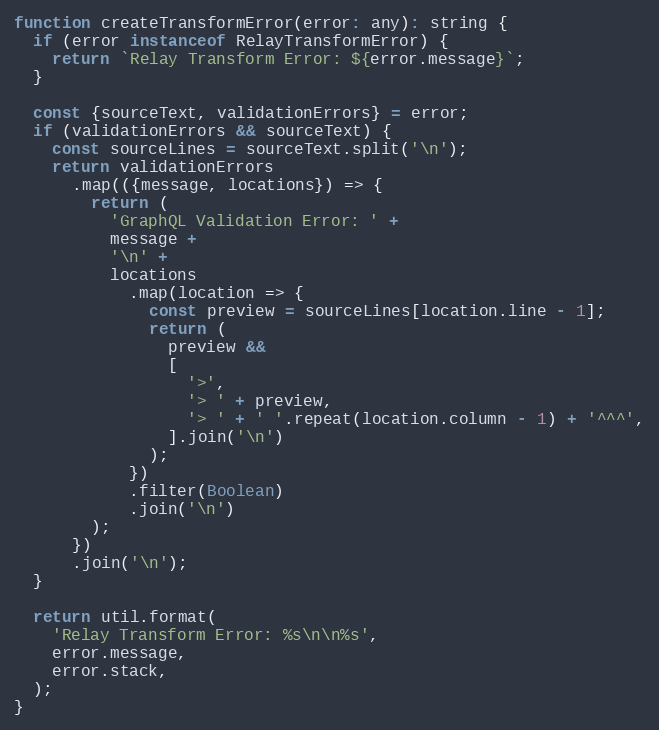
Language: JavaScript
function createTransformError(error: any): string {
  if (error instanceof RelayTransformError) {
    return `Relay Transform Error: ${error.message}`;
  }

  const {sourceText, validationErrors} = error;
  if (validationErrors && sourceText) {
    const sourceLines = sourceText.split('\n');
    return validationErrors
      .map(({message, locations}) => {
        return (
          'GraphQL Validation Error: ' +
          message +
          '\n' +
          locations
            .map(location => {
              const preview = sourceLines[location.line - 1];
              return (
                preview &&
                [
                  '>',
                  '> ' + preview,
                  '> ' + ' '.repeat(location.column - 1) + '^^^',
                ].join('\n')
              );
            })
            .filter(Boolean)
            .join('\n')
        );
      })
      .join('\n');
  }

  return util.format(
    'Relay Transform Error: %s\n\n%s',
    error.message,
    error.stack,
  );
}